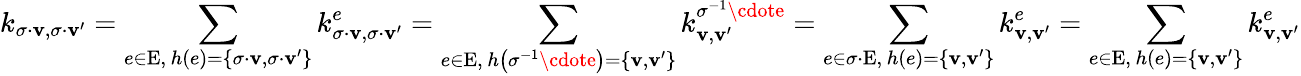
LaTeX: k_{\sigma\cdot\mathbf{v},\sigma\cdot\mathbf{v}^{\prime}}=\sum_{\substack{e\in\mathrm{{E}},\, h\left(e\right)=\left\{ \sigma\cdot\mathbf{v},\sigma\cdot\mathbf{v}^{\prime}\right\} }}k_{\sigma\cdot\mathbf{v},\sigma\cdot\mathbf{v}^{\prime}}^{e}=\sum_{\substack{e\in\mathrm{{E}},\, h\left(\sigma^{-1}\cdote\right)=\left\{ \mathbf{v},\mathbf{v}^{\prime}\right\} }}k_{\mathbf{v},\mathbf{v}^{\prime}}^{\sigma^{-1}\cdote}=\sum_{\substack{e\in\sigma\cdot\mathrm{{E}},\, h\left(e\right)=\left\{ \mathbf{v},\mathbf{v}^{\prime}\right\} }}k_{\mathbf{v},\mathbf{v}^{\prime}}^{e}=\sum_{\substack{e\in\mathrm{{E}},\, h\left(e\right)=\left\{ \mathbf{v},\mathbf{v}^{\prime}\right\} }}k_{\mathbf{v},\mathbf{v}^{\prime}}^{e}